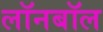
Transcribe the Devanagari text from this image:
लॉनबॉल